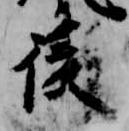
後